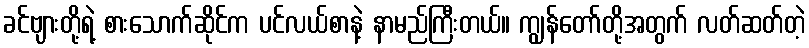
ခင်ဗျားတို့ရဲ့ စားသောက်ဆိုင်က ပင်လယ်စာနဲ့ နာမည်ကြီးတယ်။ ကျွန်တော်တို့အတွက် လတ်ဆတ်တဲ့